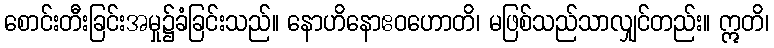
စောင်းတီးခြင်းအမှု၌ခံခြင်းသည်။ နောဟိနောဧဝဟောတိ၊ မဖြစ်သည်သာလျှင်တည်း။ ဣတိ၊